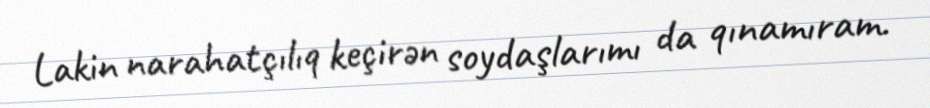
Lakin narahatçılıq keçirən soydaşlarımı da qınamıram.